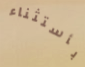
بأستثناء